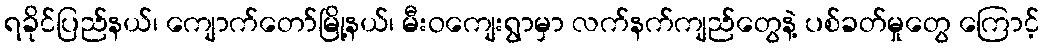
ရခိုင်ပြည်နယ်၊ ကျောက်တော်မြို့နယ်၊ မီးဝကျေးရွာမှာ လက်နက်ကျည်တွေနဲ့ ပစ်ခတ်မှုတွေ ကြောင့်